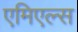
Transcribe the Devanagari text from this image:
एमिएल्स